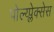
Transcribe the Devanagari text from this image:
पोल्य्प्लेक्सेस